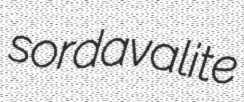
sordavalite